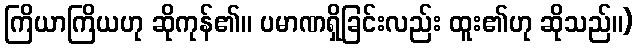
ကြိယာကြိယဟု ဆိုကုန်၏။ ပမာဏရှိခြင်းလည်း ထူး၏ဟု ဆိုသည်။)